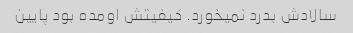
سالادش بدرد نمیخورد. کیفیتش اومده بود پایین